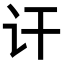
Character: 讦